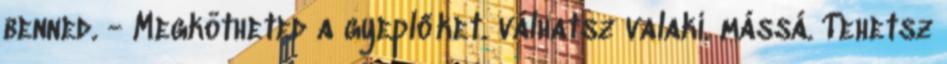
benned. - Megkötheted a gyeplőket. válhatsz valaki. mássá. Tehetsz